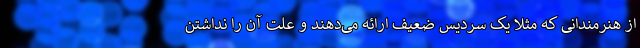
از هنرمندانی که مثلا یک سردیس ضعیف ارائه می‌دهند و علت آن را نداشتن